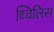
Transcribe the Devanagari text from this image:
थ्‍विलिस